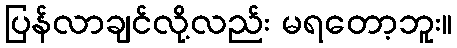
ပြန်လာချင်လို့လည်း မရတော့ဘူး။